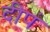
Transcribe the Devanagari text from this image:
दीपं